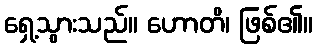
ရှေ့သွားသည်။ ဟောတိ၊ ဖြစ်၏။